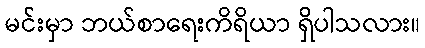
မင်းမှာ ဘယ်စာရေးကိရိယာ ရှိပါသလား။